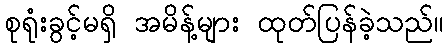
စုရုံးခွင့်မရှိ အမိန့်များ ထုတ်ပြန်ခဲ့သည်။